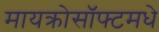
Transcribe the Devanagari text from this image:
मायक्रोसॉफ्टमधे